Scottish Leaving Certificate Examination, 1961
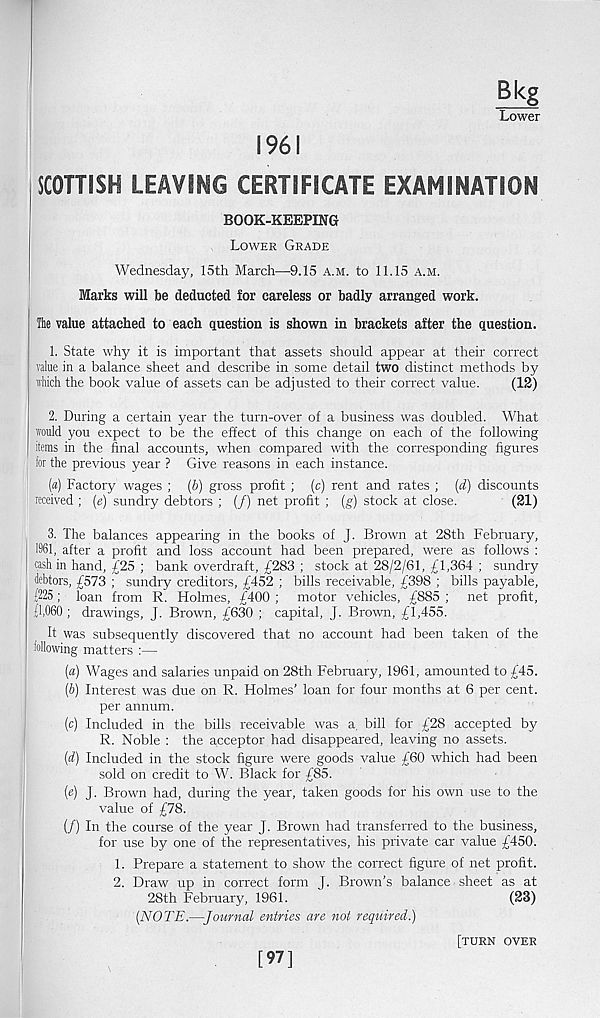
Bkg
Lower
1961
SCOTTISH LEAVING CERTIFICATE EXAMINATION
BOOK-KEEPING
Lower Grade
Wednesday, 15th March—9.15 a.m. to 11.15 a.m.
Marks will be deducted for careless or badly arranged work.
The value attached to each question is shown in brackets after the question.
1. State why it is important that assets should appear at their correct
value in a balance sheet and describe in some detail two distinct methods by
which the book value of assets can be adjusted to their correct value.
(IS)
2. During a certain year the turn-over of a business was doubled. What
would you expect to be the effect of this change on each of the following
items in the final accounts, when compared with the corresponding figures
(or the previous year ? Give reasons in each instance.
(a) Factory wages ; (b) gross profit ; (c) rent and rates ; (d) discounts
leceived ; (e) sundry debtors ; (/) net profit ; (g) stock at close.
(21)
3. The balances appearing in the books of J. Brown at 28th February,
1961, after a profit and loss account had been prepared, were as follows :
| rash in hand, £25 ; bank overdraft, £283 ; stock at 28/2/61, £1,364 ; sundry
(jebtors, £573 ; sundry creditors, £452 ; bills receivable, £398 ; bills payable,
(225 ; loan from R. Holmes, £400 ; motor vehicles, £885 ; net profit,
(1,060 ; drawings, J. Brown, £630 ; capital, J. Brown, £1,455.
It was subsequently discovered that no account had been taken of the
following matters :—
(a) Wages and salaries unpaid on 28th February, 1961, amounted to £45.
(b) Interest was due on R. Holmes’ loan for four months at 6 per cent.
per annum.
(c) Included in the bills receivable was a, bill for £28 accepted by
R. Noble : the acceptor had disappeared, leaving no assets.
(d) Included in the stock figure were goods value £60 which had been
sold on credit to W. Black for £85.
(e) J. Brown had, during the year, taken goods for his own use to the
value of £78.
(/) In the course of the year J. Brown had transferred to the business,
for use by one of the representatives, his private car value £450.
1. Prepare a statement to show the correct figure of net profit.
2. Draw up in correct form J. Brown’s balance sheet as at
28th February, 1961.
'
(S3)
(NOTE.—Journal entries are not required.)
[97]
[turn over